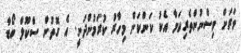
ވަރަށް ވިސްނުންތެރިކަމާ އެކު ކަންކަން މިހާރު ކުރަމުންދަނީ. އެ ގޮތުން ސްކޫލް ބޯޑާ